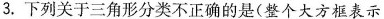
3.下列关于三角形分类不正确的是(整个大方框表示